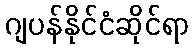
ဂျပန်နိုင်ငံဆိုင်ရာ